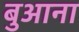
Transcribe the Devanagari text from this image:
बुआना